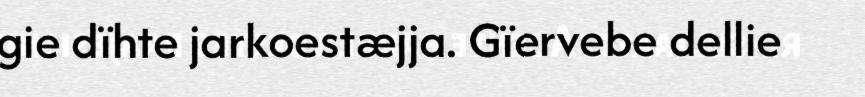
gie dïhte jarkoestæjja. Gïervebe dellie